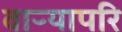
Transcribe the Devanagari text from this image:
वाऱ्यापरि